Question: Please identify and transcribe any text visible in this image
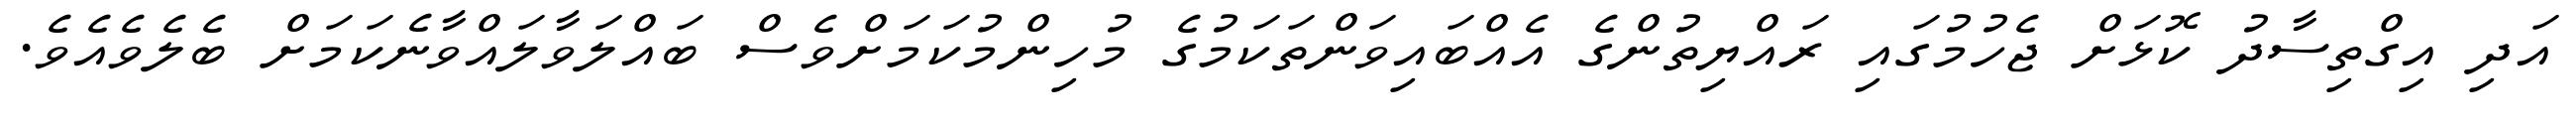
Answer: އަދި އިގްތިސާދު ކޮޅަށް ޖެހުމުގައި ރައްޔިތުންގެ އެއްބައިވަންތަކަމުގެ މުހިންމުކަމަށްވެސް ބައްލަވާލައްވާނެކަމަށް ބެލެވެއެވެ.